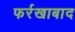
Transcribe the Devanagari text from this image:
फर्रखाबाद